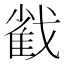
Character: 𢧵